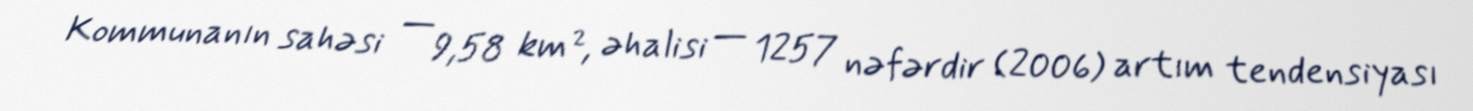
Kommunanın sahəsi — 9,58 km², əhalisi — 1257 nəfərdir (2006) artım tendensiyası